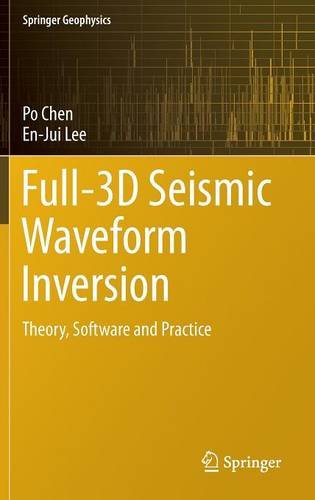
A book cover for Full-3D Seismic Waveform Inversion: Theory, Software and Practice (Springer Geophysics); Po Chen; Computers & Technology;